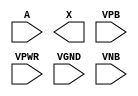
/**
 * Copyright 2020 The SkyWater PDK Authors
 *
 * Licensed under the Apache License, Version 2.0 (the "License");
 * you may not use this file except in compliance with the License.
 * You may obtain a copy of the License at
 *
 *     https://www.apache.org/licenses/LICENSE-2.0
 *
 * Unless required by applicable law or agreed to in writing, software
 * distributed under the License is distributed on an "AS IS" BASIS,
 * WITHOUT WARRANTIES OR CONDITIONS OF ANY KIND, either express or implied.
 * See the License for the specific language governing permissions and
 * limitations under the License.
 *
 * SPDX-License-Identifier: Apache-2.0
 */

`ifndef SKY130_FD_SC_HVL__SCHMITTBUF_PP_SYMBOL_V
`define SKY130_FD_SC_HVL__SCHMITTBUF_PP_SYMBOL_V

/**
 * schmittbuf: Schmitt Trigger Buffer.
 *
 * Verilog stub (with power pins) for graphical symbol definition
 * generation.
 *
 * WARNING: This file is autogenerated, do not modify directly!
 */

`timescale 1ns / 1ps
`default_nettype none

(* blackbox *)
module sky130_fd_sc_hvl__schmittbuf (
    //# {{data|Data Signals}}
    input  A   ,
    output X   ,

    //# {{power|Power}}
    input  VPB ,
    input  VPWR,
    input  VGND,
    input  VNB
);
endmodule

`default_nettype wire
`endif  // SKY130_FD_SC_HVL__SCHMITTBUF_PP_SYMBOL_V